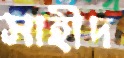
সাহীদ